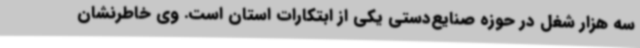
سه هزار شغل در حوزه صنایع‌دستی یکی از ابتکارات استان است. وی خاطرنشان